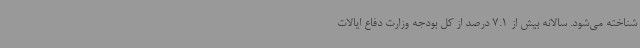
شناخته می‌شود. سالانه بیش از 7.1 درصد از کل بودجه وزارت دفاع ایالات